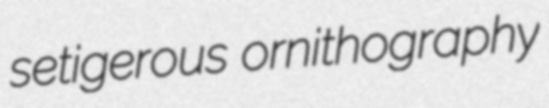
setigerous ornithography